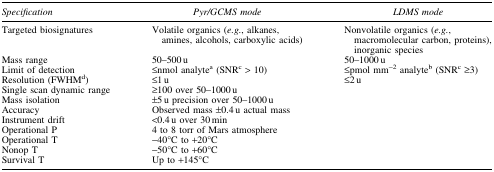
| Specification | Pyr/GCMS mode | LDMS mode |
 | --- | --- | --- |
 | Targeted biosignatures | Volatile organics (e.g., alkanes, amines, alcohols, carboxylic acids) | Nonvolatile organics (e.g., macromolecular carbon, proteins), inorganic species |
 | Mass range | 50–500 u | 50–1000 u |
 | Limit of detection | ≤nmol analytea (SNRc > 10) | ≤pmol mm−2 analyteb (SNRc ≥3) |
 | Resolution (FWHMd) | ≤1 u | ≤2 u |
 | Single scan dynamic range | <COLSPAN=2> ≥100 over 50–1000 u |
 | Mass isolation | <COLSPAN=2> ±5 u precision over 50–1000 u |
 | Accuracy | <COLSPAN=2> Observed mass ±0.4 u actual mass |
 | Instrument drift | <COLSPAN=2> <0.4 u over 30 min |
 | Operational P | <COLSPAN=2> 4 to 8 torr of Mars atmosphere |
 | Operational T | <COLSPAN=2> −40°C to +20°C |
 | Nonop T | <COLSPAN=2> −50°C to +60°C |
 | Survival T | <COLSPAN=2> Up to +145°C |